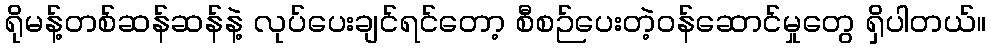
ရိုမန့်တစ်ဆန်ဆန်နဲ့ လုပ်ပေးချင်ရင်တော့ စီစဉ်ပေးတဲ့ဝန်ဆောင်မှုတွေ ရှိပါတယ်။